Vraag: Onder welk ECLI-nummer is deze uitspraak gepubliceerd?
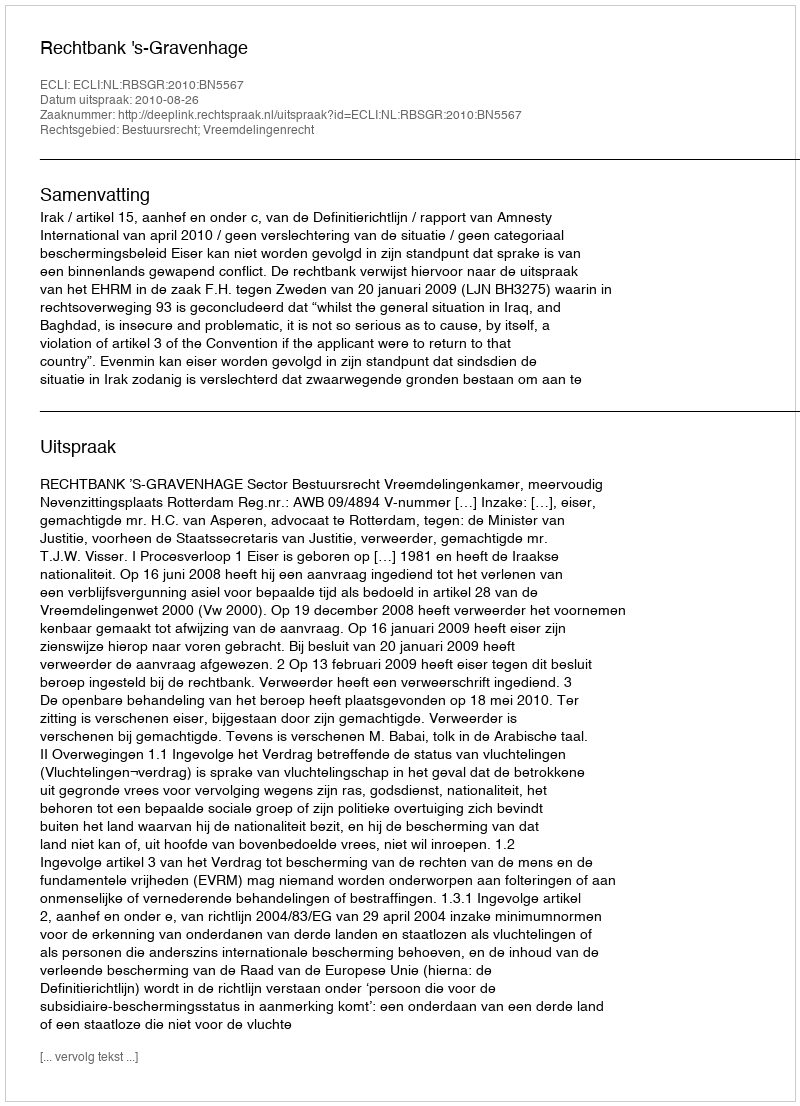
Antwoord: ECLI:NL:RBSGR:2010:BN5567